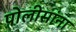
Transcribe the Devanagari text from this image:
पोलीसांना